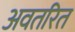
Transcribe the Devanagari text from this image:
अवतरित